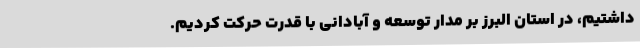
داشتیم، در استان البرز بر مدار توسعه و آبادانی با قدرت حرکت کردیم.